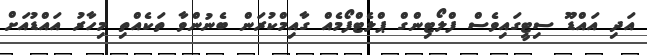
އަދި އައްޑޫ ސިޓީގައިވެސް ފްލޯޓިންގް ޕްލެޓްފޯމެއް ގާއިމްކުރަން ބެނުންވާ ތަކެއްތި މިހާރު އައްޑުއަށް